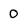
Character: 0